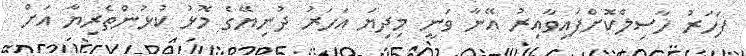
ފަހަރު ހާސިލްކޮށްފައިވާއިރު އޭނާ ވަނީ މިދިޔަ އަހަރު ދުނިޔޭގެ މޮޅު ކުޅުންތެރިޔާ އަށް